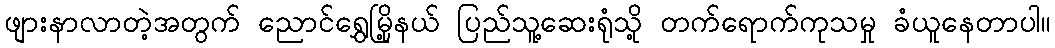
ဖျားနာလာတဲ့အတွက် ညောင်ရွှေမြို့နယ် ပြည်သူ့ဆေးရုံသို့ တက်ရောက်ကုသမှု ခံယူနေတာပါ။